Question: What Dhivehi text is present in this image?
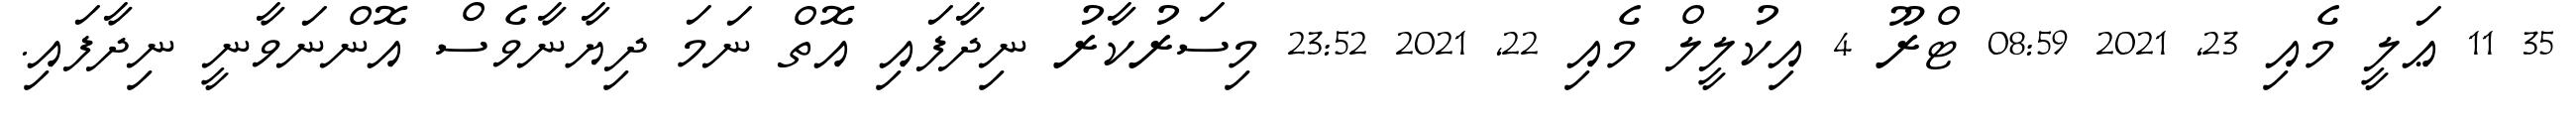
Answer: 35 11 ޢަލީ މެއި 23, 2021 08:59 ޓްރޫ 4 އިކުލީލް މެއި 22, 2021 23:52 މިސަރުކާރު ނިދާފައި އޮތް ނަމަ ދިޔާނާވެސް އޮންނަވާނީ ނިދާފައި.